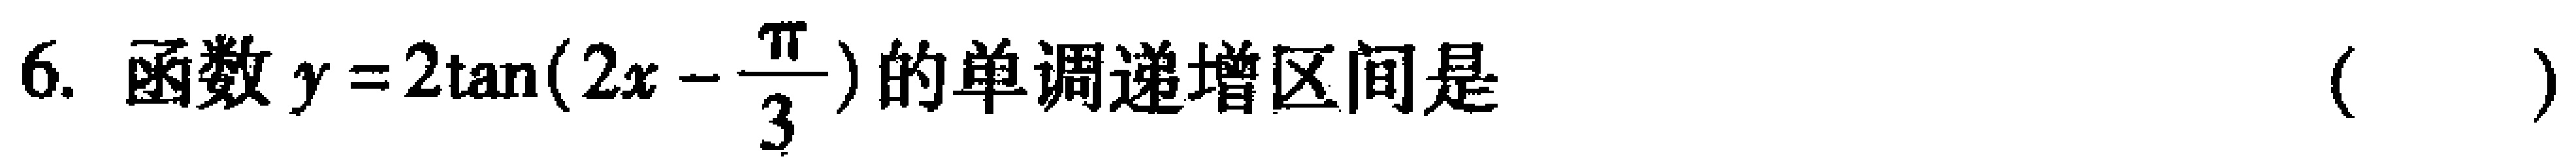
6. 函数\(y = 2\tan(2x - \frac{\pi}{3})\)的单调递增区间是（  ）